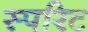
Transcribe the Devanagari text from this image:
स्परिट